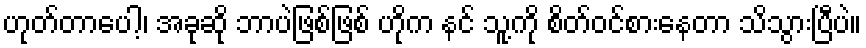
ဟုတ်တာပေါ့၊ အခုဆို ဘာပဲဖြစ်ဖြစ် ဟိုက နင် သူ့ကို စိတ်ဝင်စားနေတာ သိသွားပြီပဲ။